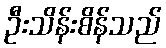
ဦးသိန်းစိန်သည်